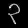
Digit: ၃